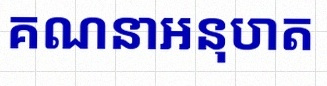
គណនាអនុបាត